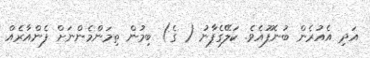
އަދި އެއުރެން ބުނެފޫއެވެ. ކަލޭގެފާނު ( ގެ) ބިމުން ތިމަންމެންނަށް ފެންއާރެއް